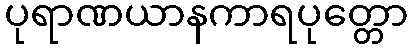
ပုရာဏယာနကာရပုတ္တော